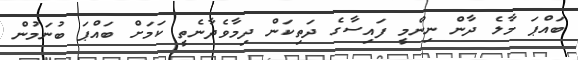
ބައްޕަ މާލެ ދާން ނިންމީ ފައިސާގެ ދަތިކަން ދިމާވެދާނެތީ ކަމަށް ބައްޕަ ބުނަމުން